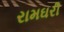
રામઘરી